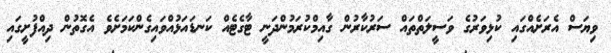
ވިޔަސް އެރަށެއްގައި ކުޅިވަރުގެ ވަސީލަތްތައް ސަރުކާރުން ގާއިމްކުރަމުންދަނީ ޓާގެޓެއް ކަނޑައަޅުއްވައިގެންކަމަށެވެ އެގޮތުން ދިއްފުށީގައި